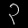
Digit: ၃